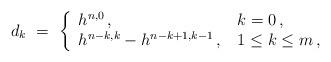
LaTeX: \begin{align*} d_k \ = \ \left\{ \begin{array}{ll} h^{n,0} \,, \ & k=0 \,,\\ h^{n-k,k}-h^{n-k+1,k-1} \,,\, & 1 \le k \le m \,, \end{array} \right.\end{align*}